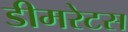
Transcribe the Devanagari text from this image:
डीमरेटस